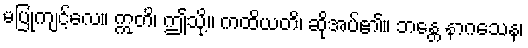
မပြုကျင့်လေ။ ဣတိ၊ ဤသို့။ ကထိယတိ၊ ဆိုအပ်၏။ ဘန္တေ နာဂသေန၊